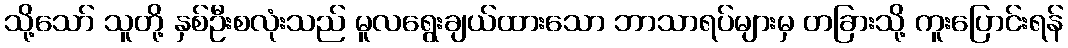
သို့သော် သူတို့ နှစ်ဦးစလုံးသည် မူလရွေးချယ်ထားသော ဘာသာရပ်များမှ တခြားသို့ ကူးပြောင်းရန်